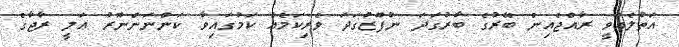
އަތުލެއްވީ ރާއްޖެއިން ބޭރުގެ ބާރުގަދަ ނުފޫޒުގަދަ ވެރިކަމެއް ކަމުގައިވާ ކަންނަންނޫރު ޢަލީ ރާޖާގެ